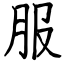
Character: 服